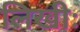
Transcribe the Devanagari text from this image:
लिखीः